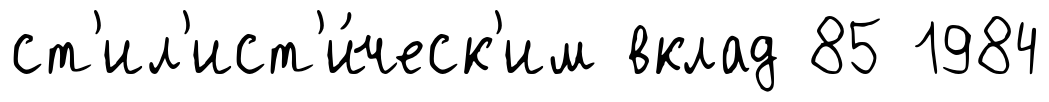
ст'ил'ист'и́ческ'им вклад 85 1984